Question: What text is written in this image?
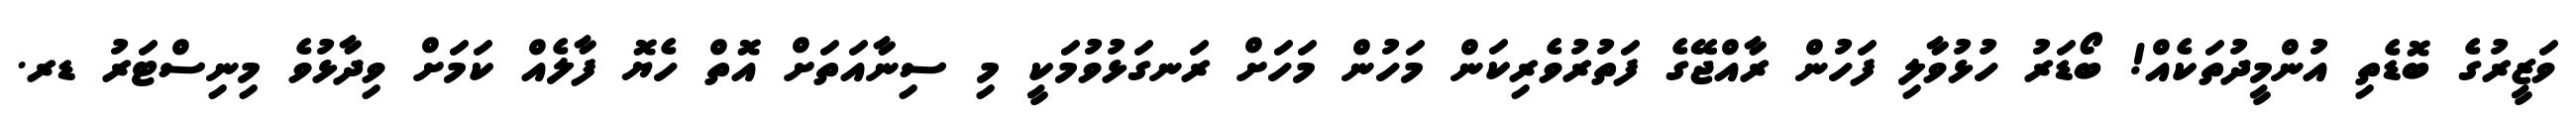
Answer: ވަޒީރުގެ ބޮޑެތި އުންމީދުތަކެއް! ބޯޑަރު ހުޅުވާލި ފަހުން ރާއްޖޭގެ ފަތުރުވެރިކަން މަހުން މަހަށް ރަނގަޅުވުމަކީ މި ސިނާއަތަށް އޮތް ހެޔޮ ފާލެއް ކަމަށް ވިދާޅުވެ މިނިސްޓަރު ޑރ.